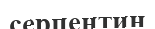
серпентин